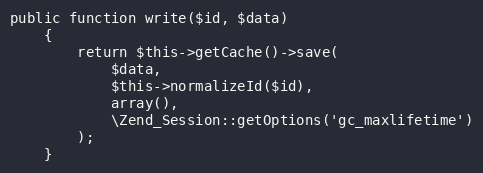
Language: PHP
public function write($id, $data)
    {
        return $this->getCache()->save(
            $data,
            $this->normalizeId($id),
            array(),
            \Zend_Session::getOptions('gc_maxlifetime')
        );
    }